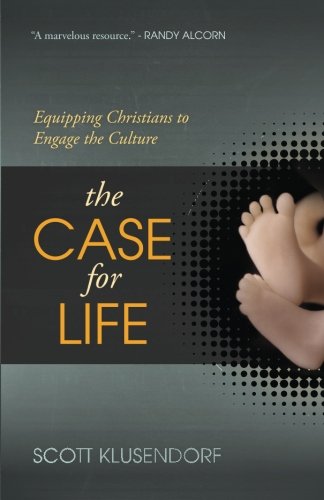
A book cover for The Case for Life: Equipping Christians to Engage the Culture; Scott Klusendorf; Politics & Social Sciences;